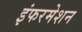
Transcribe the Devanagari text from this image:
इंफरमेशन